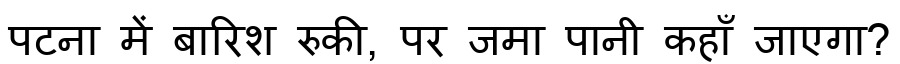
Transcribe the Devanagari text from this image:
पटना में बारिश रुकी, पर जमा पानी कहाँ जाएगा?